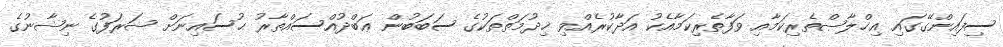
ސިފައިންގޭގައި އިޚްލާޞްތެރިކަމާއި ވަފާތެރިކަމާއެކު އަދާކުރެއްވި ޚިދުމަތްތަކުގެ ސަބަބުން ޢަބްދުއްސައްތާރު ޙުސައިނަށް ޝަރަފުގެ ނިޝާނުގެ